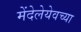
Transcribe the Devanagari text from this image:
मेंदेलेयेवच्या